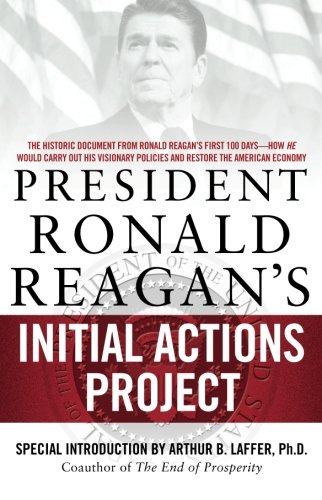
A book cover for President Ronald Reagan's Initial Actions Project; White House Staff; Business & Money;